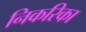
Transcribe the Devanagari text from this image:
निकरिका